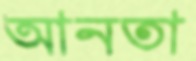
আনতা